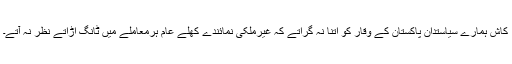
کاش ہمارے سیاستدان پاکستان کے وقار کو اتنا نہ گراتے کہ غیرملکی نمائندے کھلے عام ہرمعاملے میں ٹانگ اڑاتے نظر نہ آتے۔